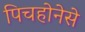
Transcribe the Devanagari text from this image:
पिचहोनेसे